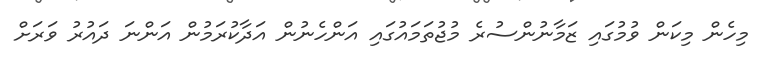
މިހެން މިކަން ވުމުގައި ޒަމާނުންސުރެ މުޖުތަމައުގައި އަންހެނުން އަދާކުރަމުން އަންނަ ދައުރު ވަރަށް